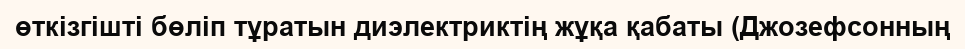
өткізгішті бөліп тұратын диэлектриктің жұқа қабаты (Джозефсонның